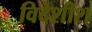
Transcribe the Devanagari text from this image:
विदेशीश्